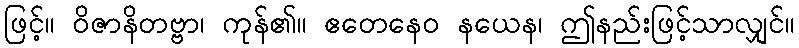
ဖြင့်။ ဝိဇာနိတဗ္ဗာ၊ ကုန်၏။ ဧတေနေဝ နယေန၊ ဤနည်းဖြင့်သာလျှင်။